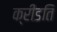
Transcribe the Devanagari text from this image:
क्रीडति